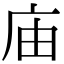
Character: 庙